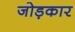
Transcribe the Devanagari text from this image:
जोड़कार